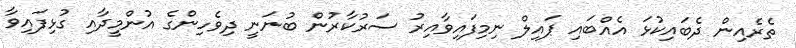
ތެރެއިން ދެބައިކުޅަ އެއްބައި ޕައިލް ނިމިފައިވާއިރު ސަރުކާރުން ބުނަނީ ދިވެހިންގެ އުންމީދާއި ގުޅިފައިވާ